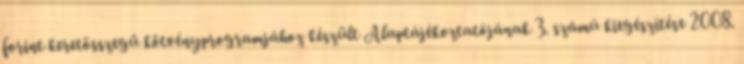
forint keretösszegű kötvényprogramjához készült Alaptájékoztatójának 3. számú kiegészítése 2008.